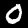
Label: 0